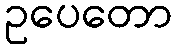
ဥပေတော